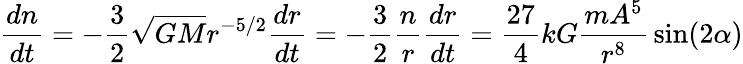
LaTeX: {\frac{dn}{dt}}=-{\frac{3}{2}}{\sqrt{GM}}r^{-5/2}{\frac{dr}{dt}}=-{\frac{3}{2}}{\frac{n}{r}}{\frac{dr}{dt}}={\frac{27}{4}}kG{\frac{mA^{5}}{r^{8}}}\sin(2\alpha)